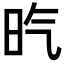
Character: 𣅠